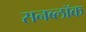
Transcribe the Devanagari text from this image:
सनब्लॉक